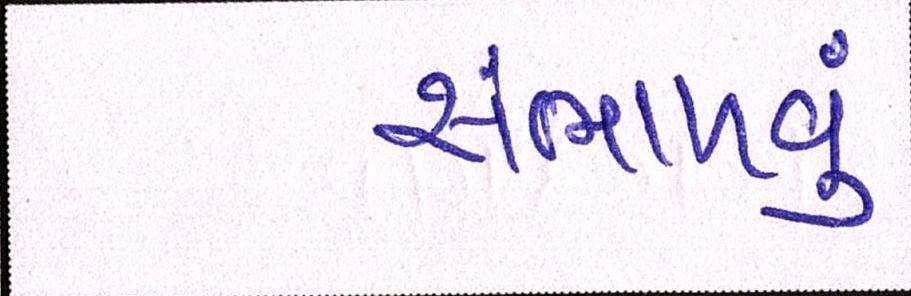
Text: સંભાળવું